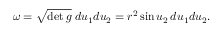
\omega = { \sqrt { \operatorname* { d e t } g } } \; d u _ { 1 } d u _ { 2 } = r ^ { 2 } \sin u _ { 2 } \, d u _ { 1 } d u _ { 2 } .